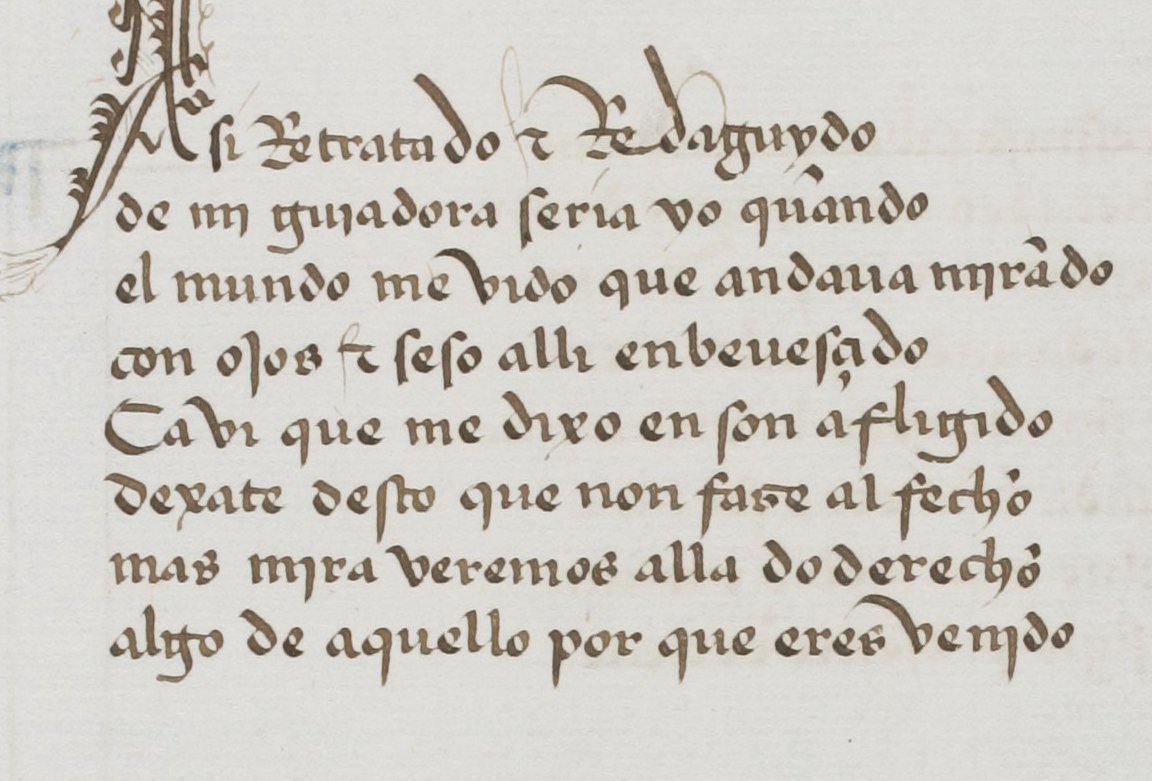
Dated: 1455–1485